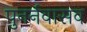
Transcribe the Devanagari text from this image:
पुनर्नवासव